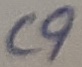
Text: C9